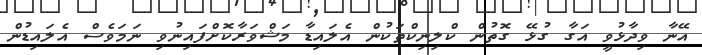
އޭނާ ވިދާޅުވީ އަގާ ގުޅޭ ގޮތުން ކްލިނިކްތަކުން އެލައިޑާ މަޝްވަރާކޮށްފައިނުވި ނަމަވެސް އެލައިޑުން